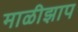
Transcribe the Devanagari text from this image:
माळीझाप